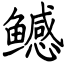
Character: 鳡